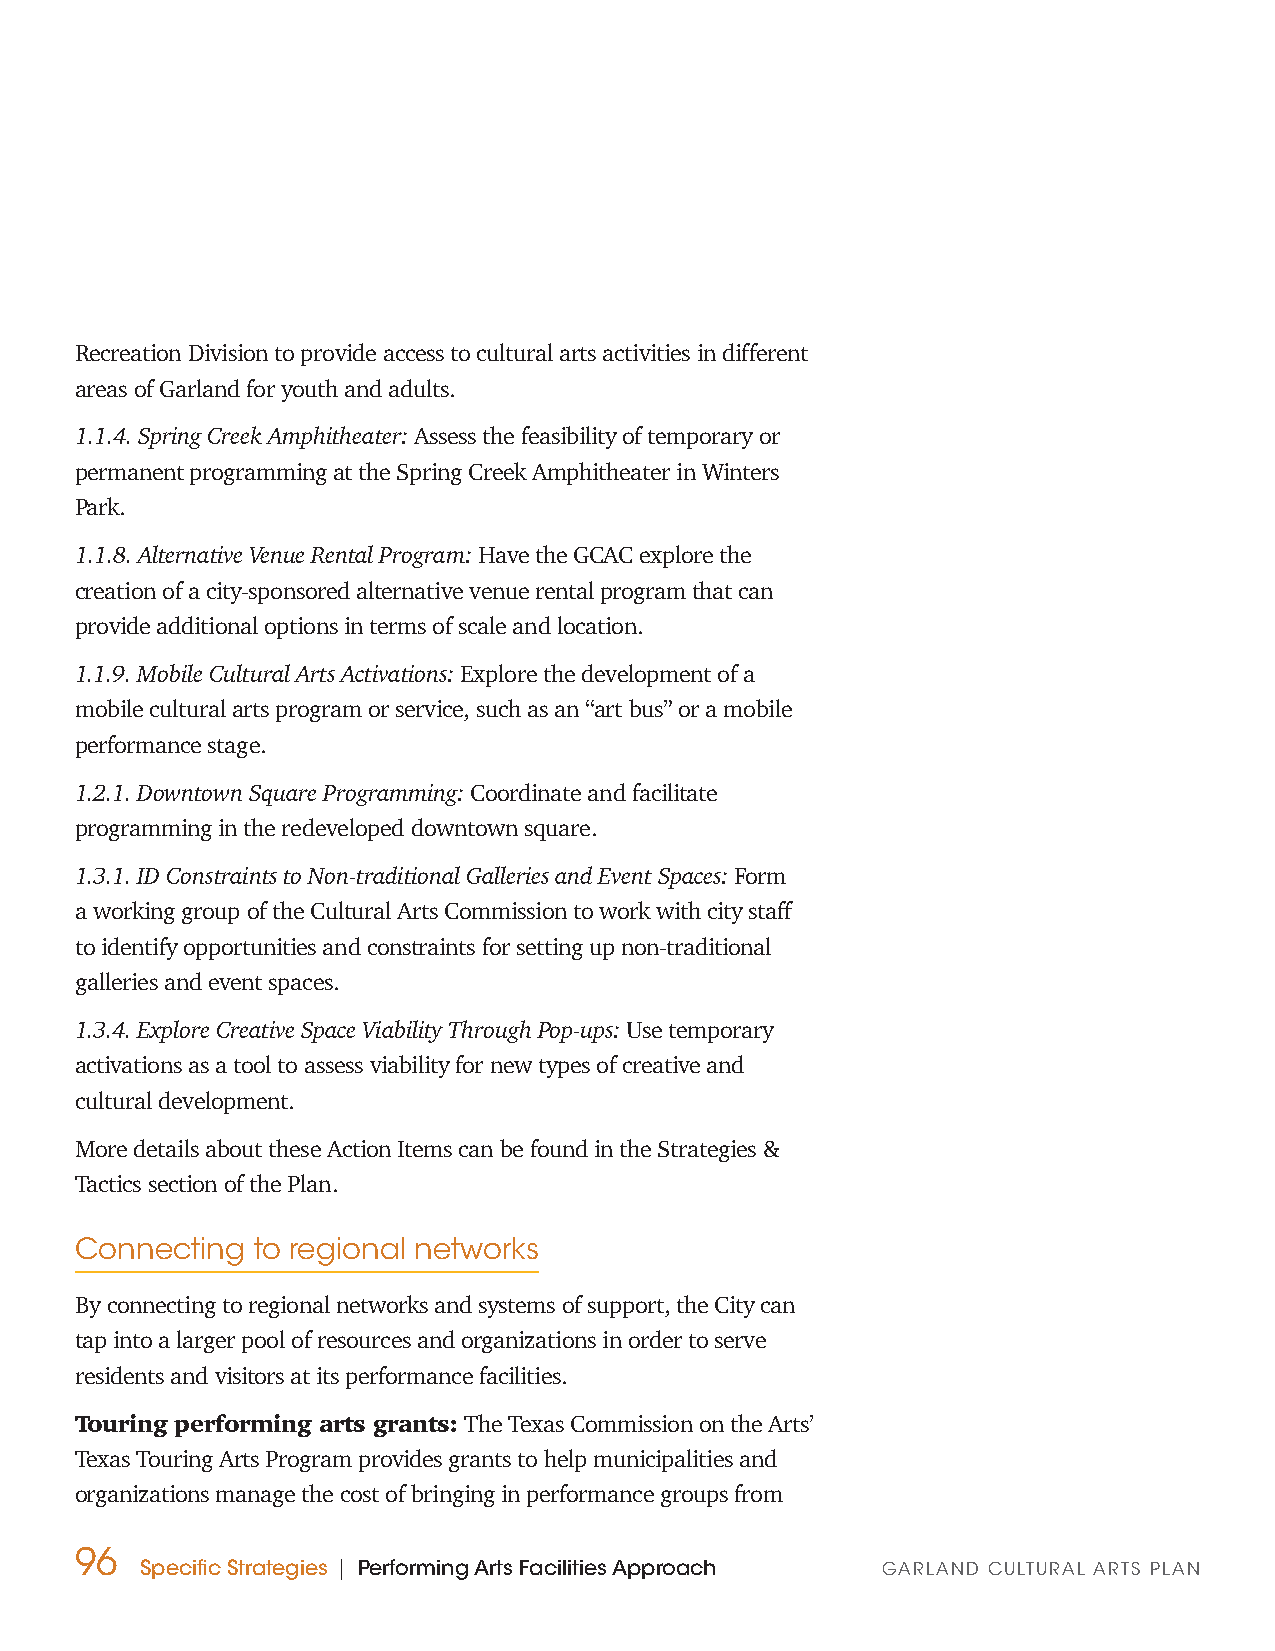
Recreation Division to provide access to cultural arts activities in different
 areas of Garland for youth and adults.
 1.1.4. Spring Creek Amphitheater: Assess the feasibility of temporary or
 permanent programming at the Spring Creek Amphitheater in Winters
 Park.
 1.1.8. Alternative Venue Rental Program: Have the GCAC explore the
 creation of a city-sponsored alternative venue rental program that can
 provide additional options in terms of scale and location.
 1.1.9. Mobile Cultural Arts Activations: Explore the development of a
 mobile cultural arts program or service, such as an “art bus” or a mobile
 performance stage.
 1.2.1. Downtown Square Programming: Coordinate and facilitate
 programming in the redeveloped downtown square.
 1.3.1. ID Constraints to Non-traditional Galleries and Event Spaces: Form
 a working group of the Cultural Arts Commission to work with city staff
 to identify opportunities and constraints for setting up non-traditional
 galleries and event spaces.
 1.3.4. Explore Creative Space Viability Through Pop-ups: Use temporary
 activations as a tool to assess viability for new types of creative and
 cultural development.
 More details about these Action Items can be found in the Strategies &
 Tactics section of the Plan.
 Connecting  to regional networks
 By connecting to regional networks and systems of support, the City can
 tap into a larger pool of resources and organizations in order to serve
 residents and visitors at its performance facilities.
 Touring performing arts grants: The Texas Commission on the Arts’
 Texas Touring Arts Program provides grants to help municipalities and
 organizations manage the cost of bringing in performance groups from
 96
 Specific Strategies | Performing Arts Facilities Approach GARLAND CULTURAL ARTS PLAN